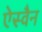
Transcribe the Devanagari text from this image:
ऐस्वैन